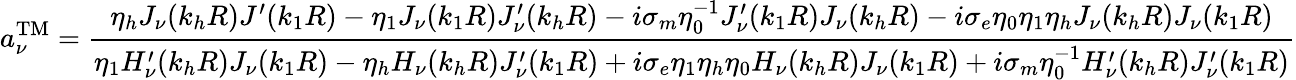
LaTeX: a_{\nu}^{\textrm{TM}}=\frac{\eta_{h}J_{\nu}(k_{h}R)J^{\prime}(k_{1}R)-\eta_{1}J_{\nu}(k_{1}R)J_{\nu}^{\prime}(k_{h}R)-i\sigma_{m}\eta_{0}^{-1}J_{\nu}^{\prime}(k_{1}R)J_{\nu}(k_{h}R)-i\sigma_{e}\eta_{0}\eta_{1}\eta_{h}J_{\nu}(k_{h}R)J_{\nu}(k_{1}R)}{\eta_{1}H_{\nu}^{\prime}(k_{h}R)J_{\nu}(k_{1}R)-\eta_{h}H_{\nu}(k_{h}R)J_{\nu}^{\prime}(k_{1}R)+i\sigma_{e}\eta_{1}\eta_{h}\eta_{0}H_{\nu}(k_{h}R)J_{\nu}(k_{1}R)+i\sigma_{m}\eta_{0}^{-1}H_{\nu}^{\prime}(k_{h}R)J_{\nu}^{\prime}(k_{1}R)}